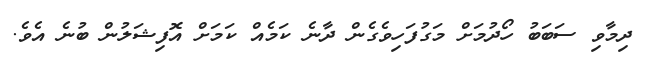
ދިމާވި ސަބަބު ހޯދުމަށް މަގުފަހިވެގެން ދާނެ ކަމެއް ކަމަށް އޮފިޝަލުން ބުނެ އެވެ.